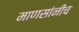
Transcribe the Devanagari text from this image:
माणसांनीच